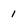
Character: 1